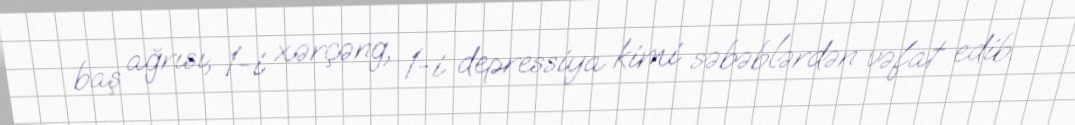
baş ağrısı, 1-i xərçəng, 1-i depressiya kimi səbəblərdən vəfat edib.